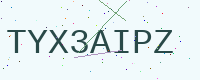
Text: TYX3AIPZ